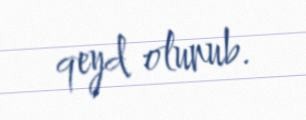
qeyd olunub.